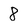
Character: 8